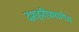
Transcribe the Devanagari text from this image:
दशहरीप्रमाणेच